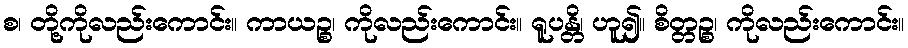
စ၊ တို့ကိုလည်းကောင်း။ ကာယဉ္စ၊ ကိုလည်းကောင်း။ ရူပန္တိ၊ ဟူ၍။ စိတ္တဉ္စ၊ ကိုလည်းကောင်း။